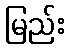
မြည်း